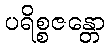
ပရိစ္စဇန္တော